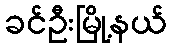
ခင်ဦးမြို့နယ်